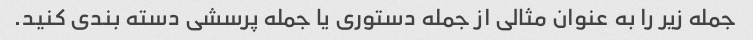
جمله زیر را به عنوان مثالی از جمله دستوری یا جمله پرسشی دسته بندی کنید.